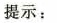
提示：